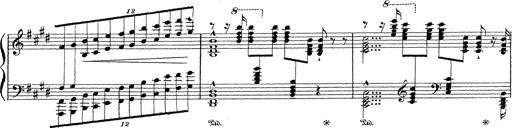
Title: Grosses Konzertsolo
Composer: Franz Liszt